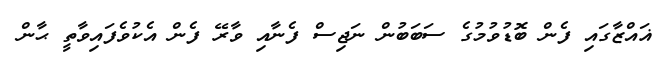
ޣައްޒާގައި ފެން ބޮޑުވުމުގެ ސަބަބުން ނަޖިސް ފެނާއި ވާރޭ ފެން އެކުވެފައިވާތީ ޙާން